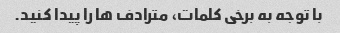
با توجه به برخی کلمات، مترادف ها را پیدا کنید.